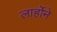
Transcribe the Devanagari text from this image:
लार्होने